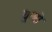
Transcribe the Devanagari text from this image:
युग्मो